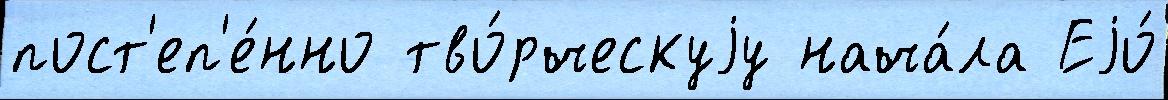
пост'еп'е́нно тво́рческуjу нача́ла Еjо́